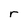
Character: r